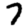
Digit: 7